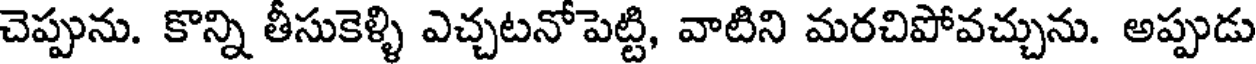
చెప్పును. కొన్ని తీసుకెళ్ళి ఎచ్చటనోపెట్టి, వాటిని మరచిపోవచ్చును. అప్పుడు